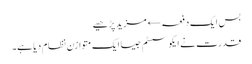
بس ایک دفعہ← مزید پڑھیے
قدرت نے ایکو سسٹم جیسا ایک متوازن نظام دیا ہے۔